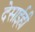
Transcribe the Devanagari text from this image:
देसाईही